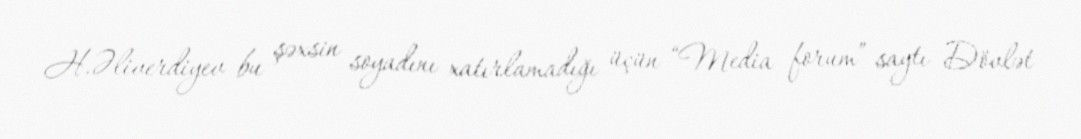
H.Əliverdiyev bu şəxsin soyadını xatırlamadığı üçün “Media forum” saytı Dövlət